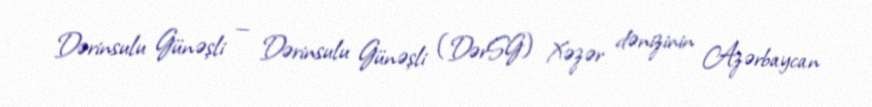
Dərinsulu Günəşli — Dərinsulu Günəşli (DərSG) Xəzər dənizinin Azərbaycan